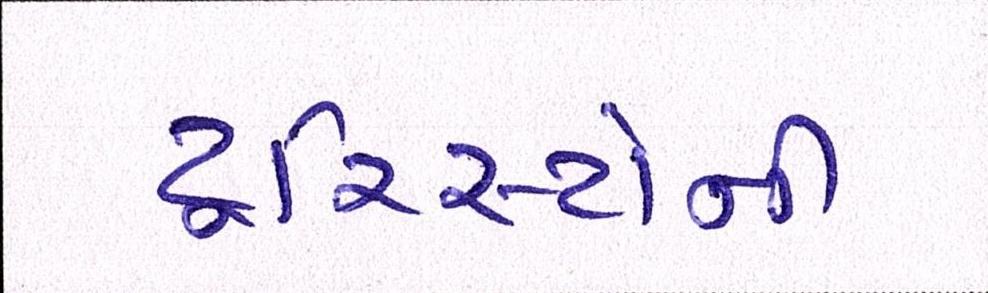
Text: ટૂરિસ્ટોની